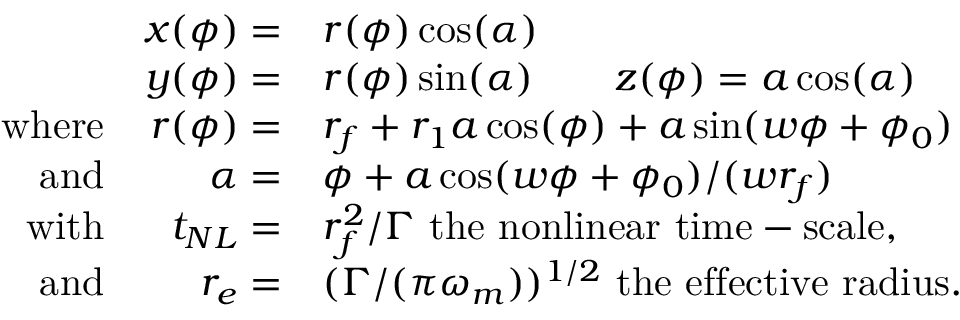
\begin{array} { r r l } & { x ( \phi ) = } & { r ( \phi ) \cos ( \alpha ) } \\ & { y ( \phi ) = } & { r ( \phi ) \sin ( \alpha ) \qquad z ( \phi ) = a \cos ( \alpha ) } \\ { \mathrm { w h e r e } } & { r ( \phi ) = } & { r _ { f } + r _ { 1 } a \cos ( \phi ) + a \sin ( w \phi + \phi _ { 0 } ) } \\ { \mathrm { a n d } } & { \alpha = } & { \phi + a \cos ( w \phi + \phi _ { 0 } ) / ( w r _ { f } ) } \\ { \mathrm { w i t h } } & { t _ { N L } = } & { r _ { f } ^ { 2 } / \Gamma \mathrm { ~ t h e ~ n o n l i n e a r ~ t i m e - s c a l e , } } \\ { \mathrm { a n d } } & { r _ { e } = } & { ( \Gamma / ( \pi \omega _ { m } ) ) ^ { 1 / 2 } \mathrm { ~ t h e ~ e f f e c t i v e ~ r a d i u s . } } \end{array}